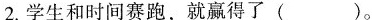
2.学生和时间赛跑，就赢得了()。